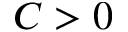
C > 0